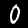
Label: 0